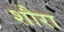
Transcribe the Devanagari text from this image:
शौरा